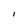
Character: l